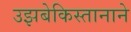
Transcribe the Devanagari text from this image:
उझबेकिस्तानाने